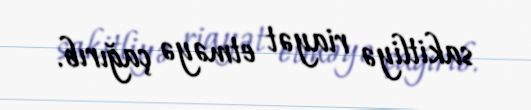
sakitliyə riayət etməyə çağırıb.